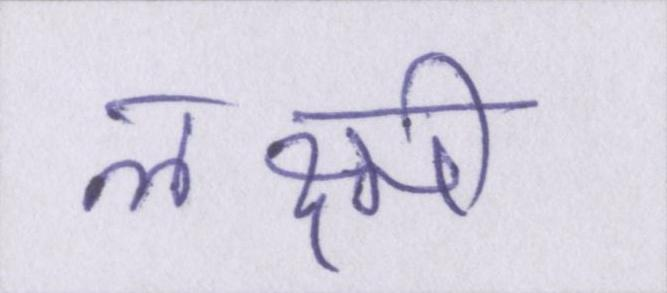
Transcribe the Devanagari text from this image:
लक्ष्मी